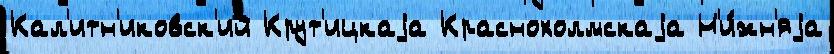
Кал'итн'иковск'ий Крут'ицкаjа Краснохолмскаjа Н'и́жн'яjа